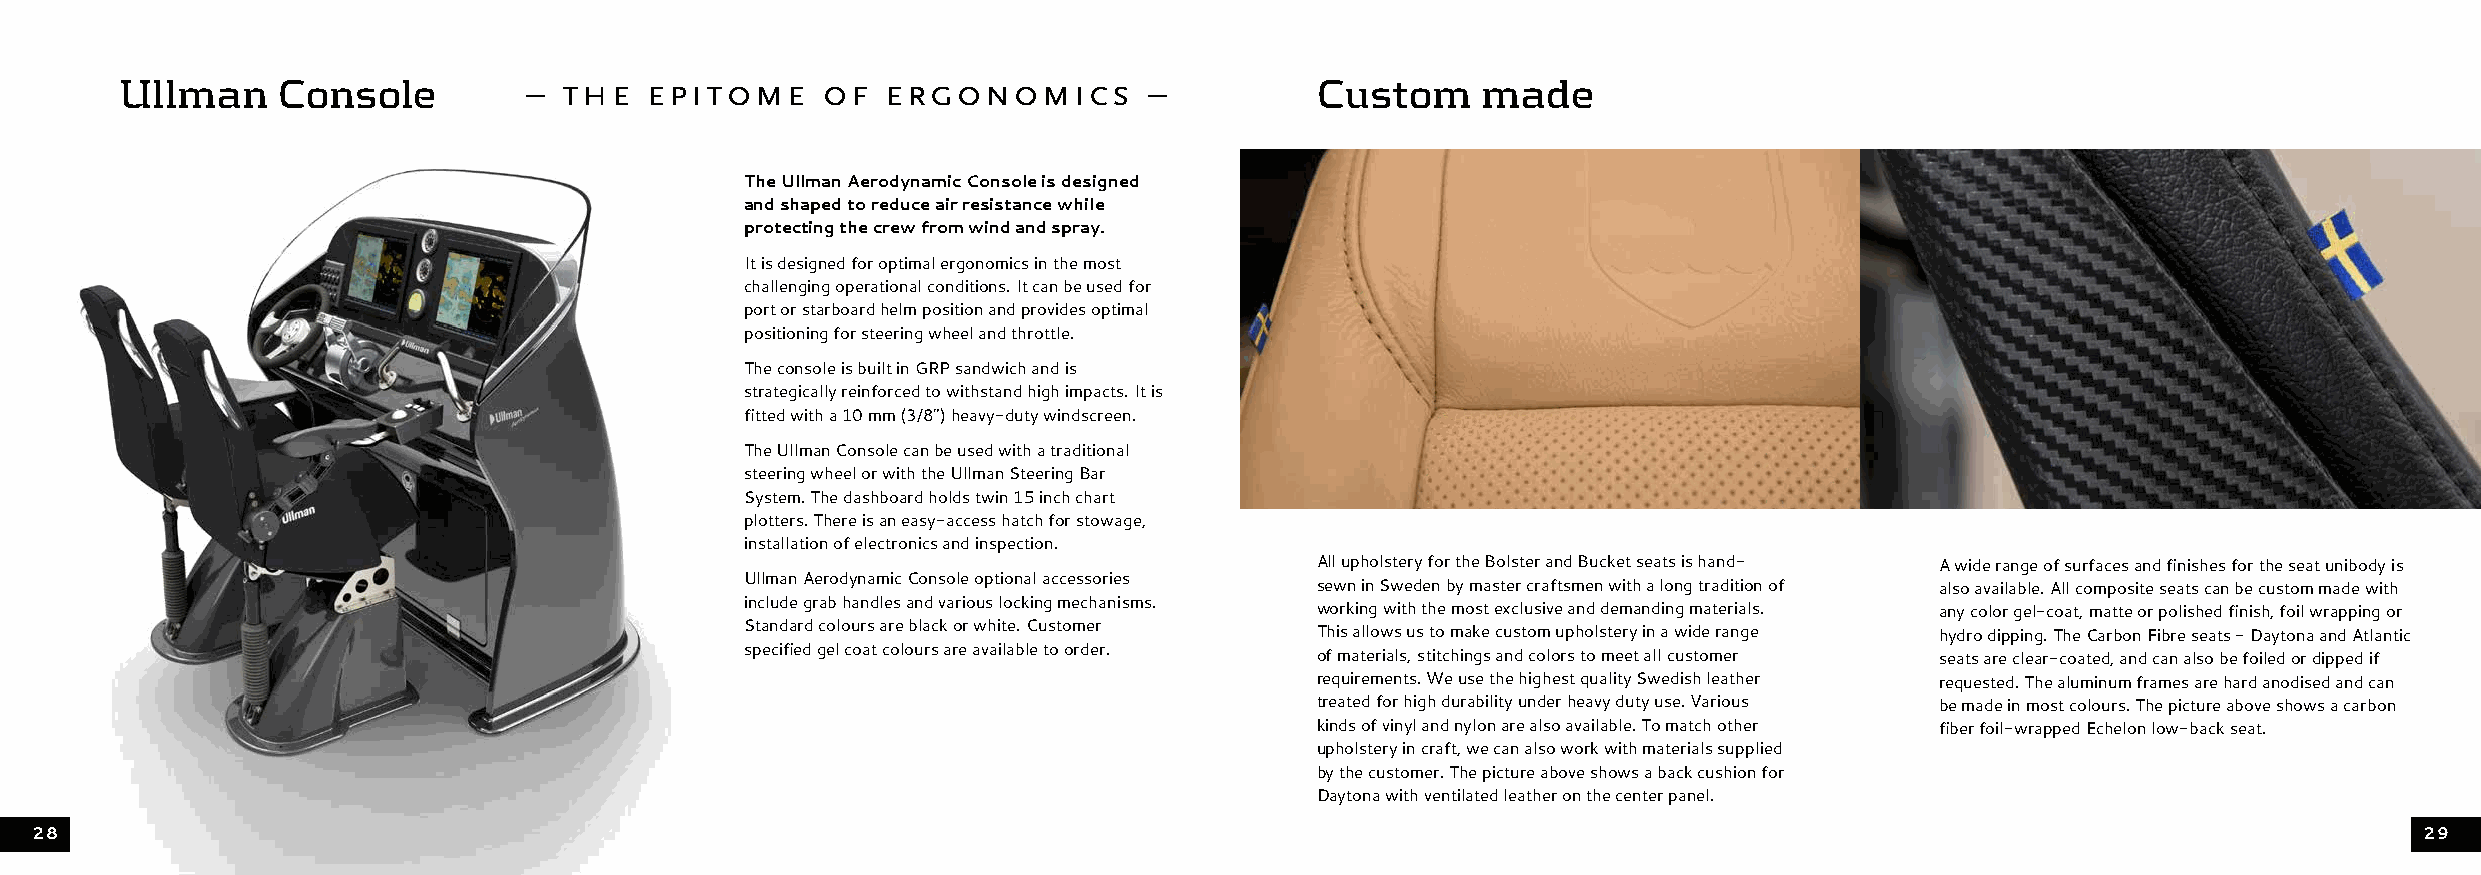
Ullman    Console          – the   epitome    of   ergonomics       –          Custom     made
 The Ullman Aerodynamic Console is designed
 and shaped to reduce air resistance while
 protecting the crew from wind and spray.
 It is designed for optimal ergonomics in the most
 challenging operational conditions. It can be used for
 port or starboard helm position and provides optimal
 positioning for steering wheel and throttle.
 The console is built in GRP sandwich and is
 strategically reinforced to withstand high impacts. It is
 fitted with a 10 mm (3/8”) heavy-duty windscreen.
 The Ullman Console can be used with a traditional
 steering wheel or with the Ullman Steering Bar
 System. The dashboard holds twin 15 inch chart
 plotters. There is an easy-access hatch for stowage,
 installation of electronics and inspection.
 All upholstery for the Bolster and Bucket seats is hand- A wide range of surfaces and finishes for the seat unibody is
 Ullman Aerodynamic Console optional accessories sewn in Sweden by master craftsmen with a long tradition of also available. All composite seats can be custom made with
 include grab handles and various locking mechanisms. working with the most exclusive and demanding materials. any color gel-coat, matte or polished finish, foil wrapping or
 Standard colours are black or white. Customer This allows us to make custom upholstery in a wide range hydro dipping. The Carbon Fibre seats - Daytona and Atlantic
 specified gel coat colours are available to order. of materials, stitchings and colors to meet all customer seats are clear-coated, and can also be foiled or dipped if
 requirements. We use the highest quality Swedish leather requested. The aluminum frames are hard anodised and can
 treated for high durability under heavy duty use. Various be made in most colours. The picture above shows a carbon
 kinds of vinyl and nylon are also available. To match other fiber foil-wrapped Echelon low-back seat.
 upholstery in craft, we can also work with materials supplied
 by the customer. The picture above shows a back cushion for
 Daytona with ventilated leather on the center panel.
 28                                                                                                                                                            29